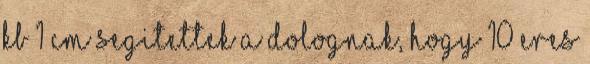
kb 1 cm segitettek a dolognak, hogy 10 eres